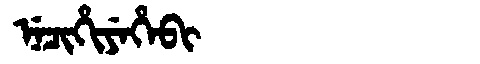
Manchu: ᠨᡝᠴᡳᡥᡳᠶᡝᡥᡝᠪᡳ
Romanization: NECIHIYEHEBI